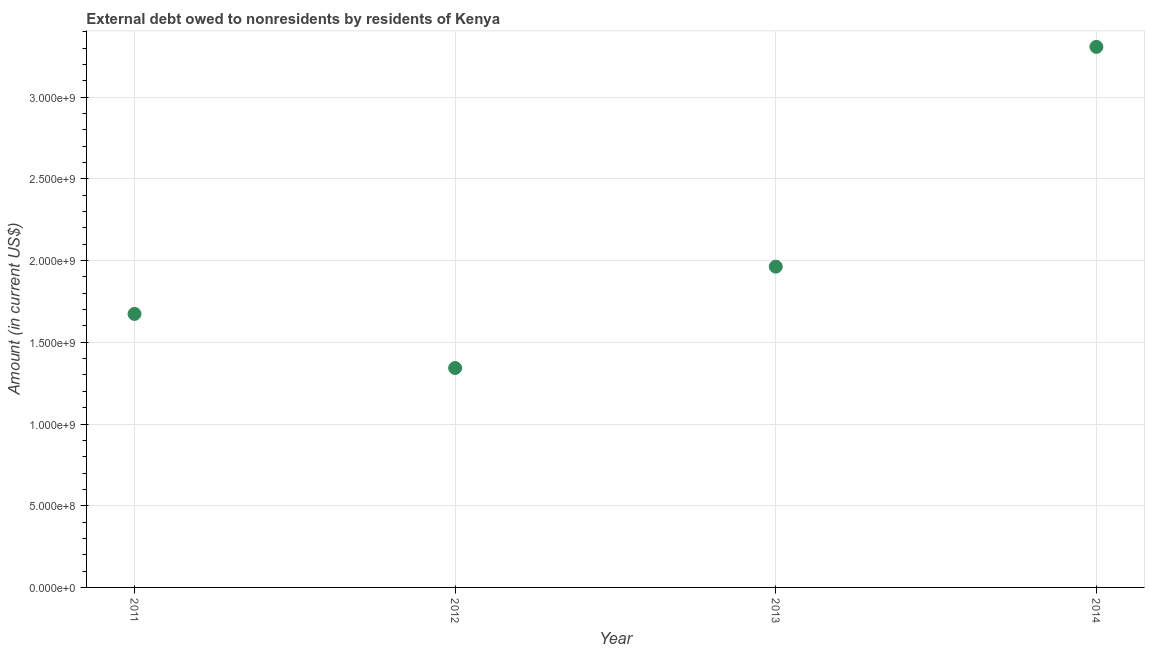
| Year | Debt |
 | --- | --- |
 | 2011 | 1.67e+09 |
 | 2012 | 1.34e+09 |
 | 2013 | 1.96e+09 |
 | 2014 | 3.31e+09 |